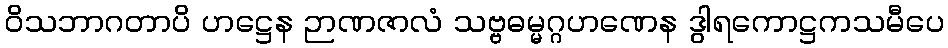
ဝိသဘာဂတာပိ ဟဋ္ဌေန ဉာဏဇာလံ သဗ္ဗဓမ္မဂ္ဂဟဏေန ဒွါရကောဋ္ဌကသမီပေ